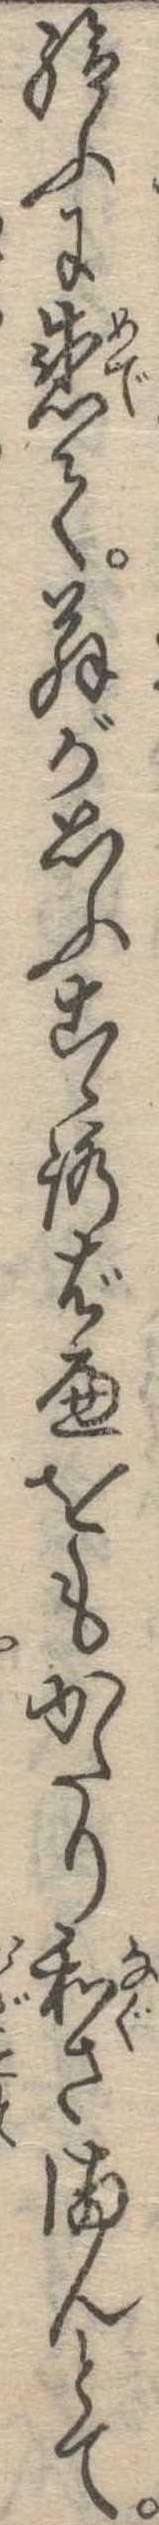
給ふに感て翁が思ふこゝろばへをもかたり和さまんとて